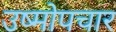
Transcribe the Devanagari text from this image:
उष्मोपचार